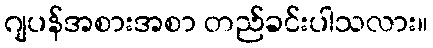
ဂျပန်အစားအစာ တည်ခင်းပါသလား။